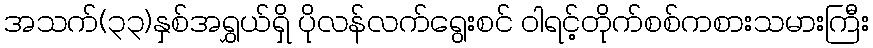
အသက်(၃၃)နှစ်အရွှယ်ရှိ ပိုလန်လက်ရွေးစင် ဝါရင့်တိုက်စစ်ကစားသမားကြီး